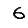
Digit: 6